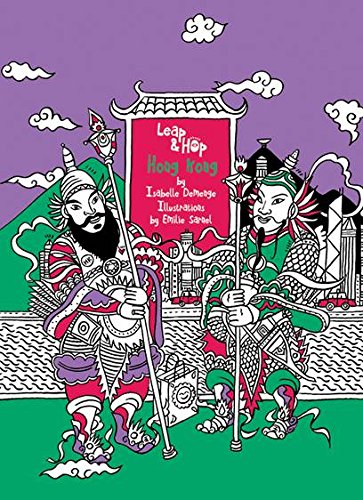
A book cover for Leap & Hop Hong Kong, Children Travel Book (Leap & Hop Series); Isabelle Demenge; Travel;